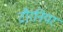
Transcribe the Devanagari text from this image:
टौरनियर